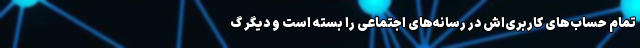
تمام حساب‌های کاربری‌اش در رسانه‌های اجتماعی را بسته است و دیگر گ